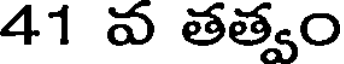
41 వ తత్వం